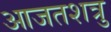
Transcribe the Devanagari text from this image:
आजतशत्रु